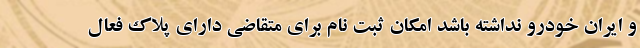
و ايران خودرو نداشته باشد امكان ثبت نام براي متقاضي داراي پلاك فعال